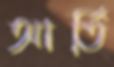
আর্তি